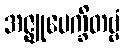
အဇ္ဈုပေက္ခိတဗ္ဗံ